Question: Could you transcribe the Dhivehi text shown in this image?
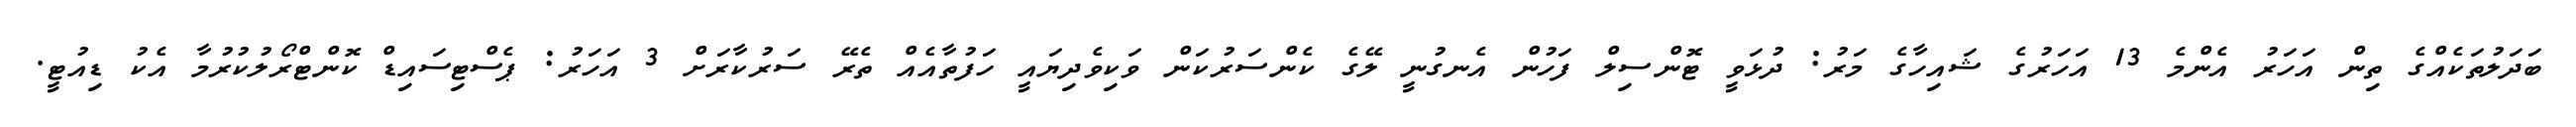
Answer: ބަދަލުތަކެއްގެ ތިން އަހަރު އެންމެ 13 އަހަރުގެ ޝައިހާގެ މަރު: ދުޅަވީ ޓޮންސިލް ފަހުން އެނގުނީ ލޭގެ ކެންސަރުކަން ވަކިވެދިޔައީ ހަފުތާއެއް ތެރޭ ސަރުކާރަށް 3 އަހަރު: ޕެސްޓިސައިޑް ކޮންޓްރޯލުކުރުމާ އެކު ޑިއުޓީ.